Calcutta medical institutions reports 1879-81 [i.e.91]
Year: 1879
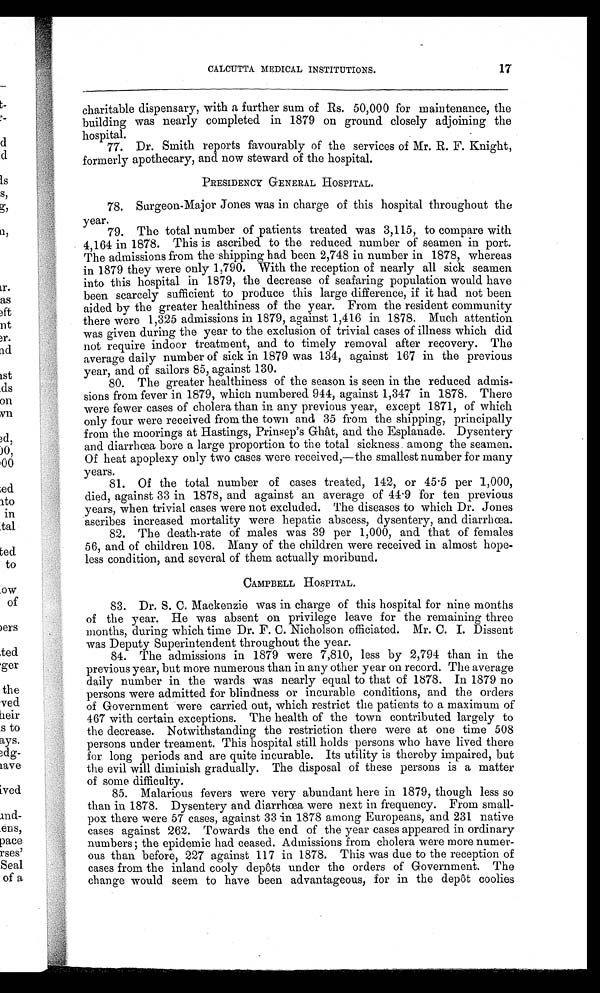
17
CALCUTTA MEDICAL INSTITUTIONS.
charitable dispensary, with a further sum of Rs. 50,000 for maintenance, the
building was nearly completed in 1879 on ground closely adjoining the
hospital.
77. Dr. Smith reports favourably of the services of Mr. R. F. Knight,
formerly apothecary, and now steward of the hospital.
PRESIDENCY GENERAL HOSPITAL.
78. Surgeon-Major Jones was in charge of this hospital throughout the
year.
79. The total number of patients treated was 3,115, to compare with
4,164 in 1878. This is ascribed to the reduced number of seamen in port.
The admissions from the shipping had been 2,748 in number in 1878, whereas
in 1879 they were only 1,790. With the reception of nearly all sick seamen
into this hospital in 1879, the decrease of seafaring population would have
been scarcely sufficient to produce this large difference, if it had not been
aided by the greater healthiness of the year. From the resident community
there were 1,325 admissions in 1879, against 1,416 in 1878. Much attention
was given during the year to the exclusion of trivial cases of illness which did
not require indoor treatment, and to timely removal after recovery. The
average daily number of sick in 1879 was 134, against 167 in the previous
year, and of sailors 85, against 130.
80. The greater healthiness of the season is seen in the reduced admis
-
sions from fever in 1879, which numbered 944, against 1,347 in 1878. There
were fewer cases of cholera than in any previous year, except 1871, of which
only four were received from the town and 35 from the shipping, principally
from the moorings at Hastings, Prinsep's Ghât, and the Esplanade. Dysentery
and diarrhœa bore a large proportion to the total sickness among the seamen.
Of heat apoplexy only two cases were received,—the smallest number for many
years.
81. Of the total number of cases treated, 142, or 45.5 per 1,000,
died, against 33 in 1878, and against an average of 44.9 for ten previous
years, when trivial cases were not excluded. The diseases to which Dr. Jones
ascribes increased mortality were hepatic abscess, dysentery, and diarrhœa.
82. The death-rate of males was 39 per 1,000, and that of females
56, and of children 108. Many of the children were received in almost hope
-
less condition, and several of them actually moribund.
CAMPBELL HOSPITAL.
83. Dr. S. C. Mackenzie was in charge of this hospital for nine months
of the year. He was absent on privilege leave for the remaining three
months, during which time Dr. F. C. Nicholson officiated. Mr. C. I. Dissent
was Deputy Superintendent throughout the year.
84. The admissions in 1879 were 7,810, less by 2,794 than in the
previous year, but more numerous than in any other year on record. The average
daily number in the wards was nearly equal to that of 1878. In 1879 no
persons were admitted for blindness or incurable conditions, and the orders
of Government were carried out, which restrict the patients to a maximum of
467 with certain exceptions. The health of the town contributed largely to
the decrease. Notwithstanding the restriction there were at one time 508
persons under treament. This hospital still holds persons who have lived there
for long periods and are quite incurable. Its utility is thereby impaired, but
the evil will diminish gradually. The disposal of these persons is a matter
of some difficulty.
85. Malarious fevers were very abundant here in 1879, though less so
than in 1878. Dysentery and diarrhœa were next in frequency. From small
-
pox there were 57 cases, against 33 in 1878 among Europeans, and 231 native
cases against 262. Towards the end of the year cases appeared in ordinary
numbers the epidemic had ceased. Admissions from cholera were more numer
-
ous than before, 227 against 117 in 1878. This was due to the reception of
cases from the inland cooly depôts under the orders of Government. The
change would seem to have been advantageous, for in the depôt coolies